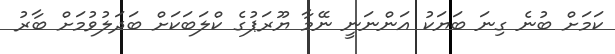
ކަމަށް ބުނެ ގިނަ ބަޔަކު އަންނަނީ ނޭމާ ޔޫރަޕުގެ ކްލަބަކަށް ބަދަލުވުމަށް ބާރު